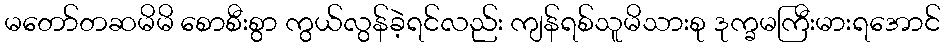
မတော်တဆမိမိ စောစီးစွာ ကွယ်လွန်ခဲ့ရင်လည်း ကျန်ရစ်သူမိသားစု ဒုက္ခမကြီးမားရအောင်